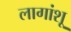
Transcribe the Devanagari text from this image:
लागांशू